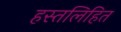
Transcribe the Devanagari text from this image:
हस्तलिहित